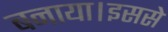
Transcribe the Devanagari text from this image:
बनाया।इससे